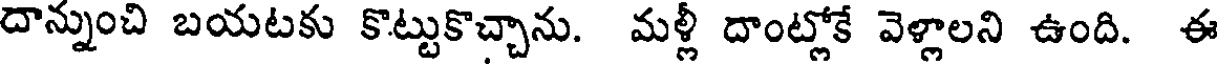
దాన్నుంచి బయటకు కొట్టుకొచ్చాను. మళ్లీ దాంట్లోకే వెళ్లాలని ఉంది. ఈ